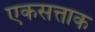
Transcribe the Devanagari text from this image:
एकसत्ताक